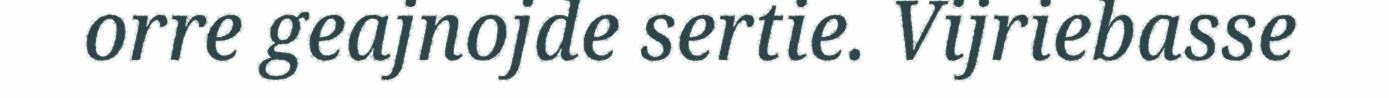
orre geajnojde sertie. Vijriebasse